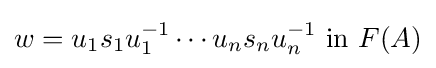
w=u_{1}s_{1}u_{1}^{-1}\cdots u_{n}s_{n}u_{n}^{-1}{\text{ in }}F(A)